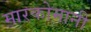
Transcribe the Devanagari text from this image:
मारकोमानी